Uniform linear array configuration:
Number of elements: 24
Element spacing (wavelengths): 0.5
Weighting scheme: uniform
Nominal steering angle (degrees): -60
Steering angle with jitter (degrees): -60.68
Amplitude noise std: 0.05
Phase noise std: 0.05

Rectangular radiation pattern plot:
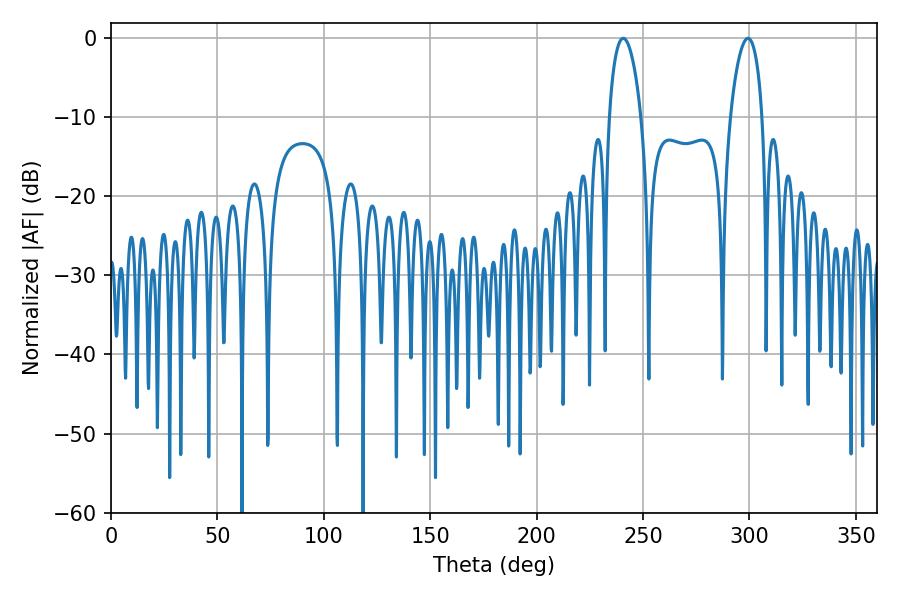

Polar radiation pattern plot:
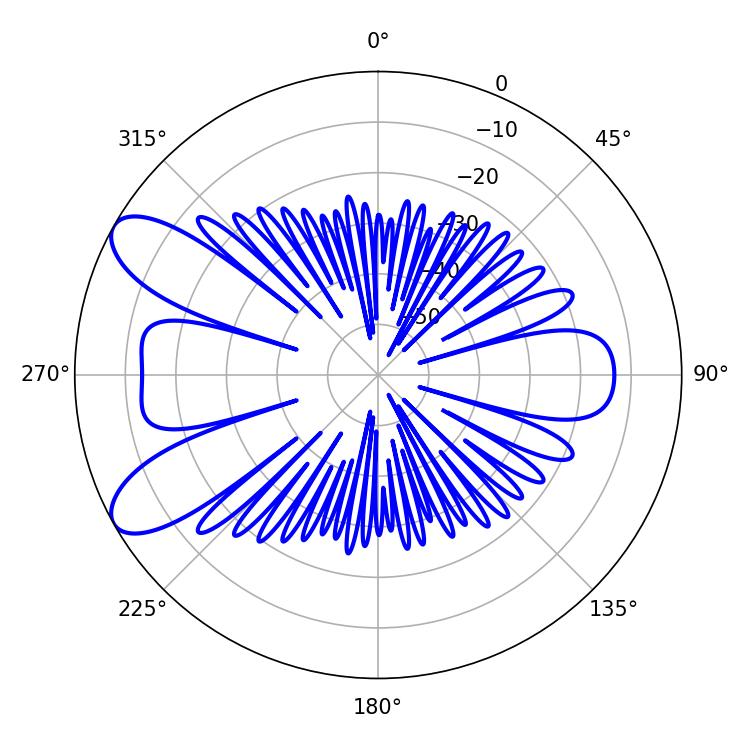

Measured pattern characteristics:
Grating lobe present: FALSE
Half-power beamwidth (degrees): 8.46
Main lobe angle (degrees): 240.66